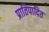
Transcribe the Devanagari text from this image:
प्रातिपादित